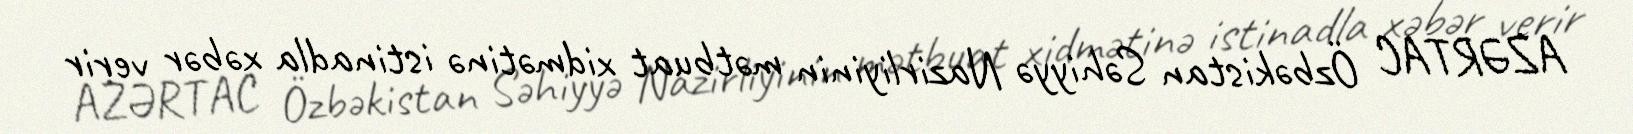
AZƏRTAC Özbəkistan Səhiyyə Nazirliyinin mətbuat xidmətinə istinadla xəbər verir